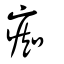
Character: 痴